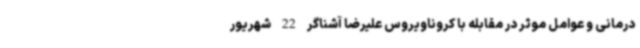
درمانی و عوامل موثر در مقابله با کروناویروس علیرضا آشناگر 22 شهریور